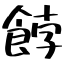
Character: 餑